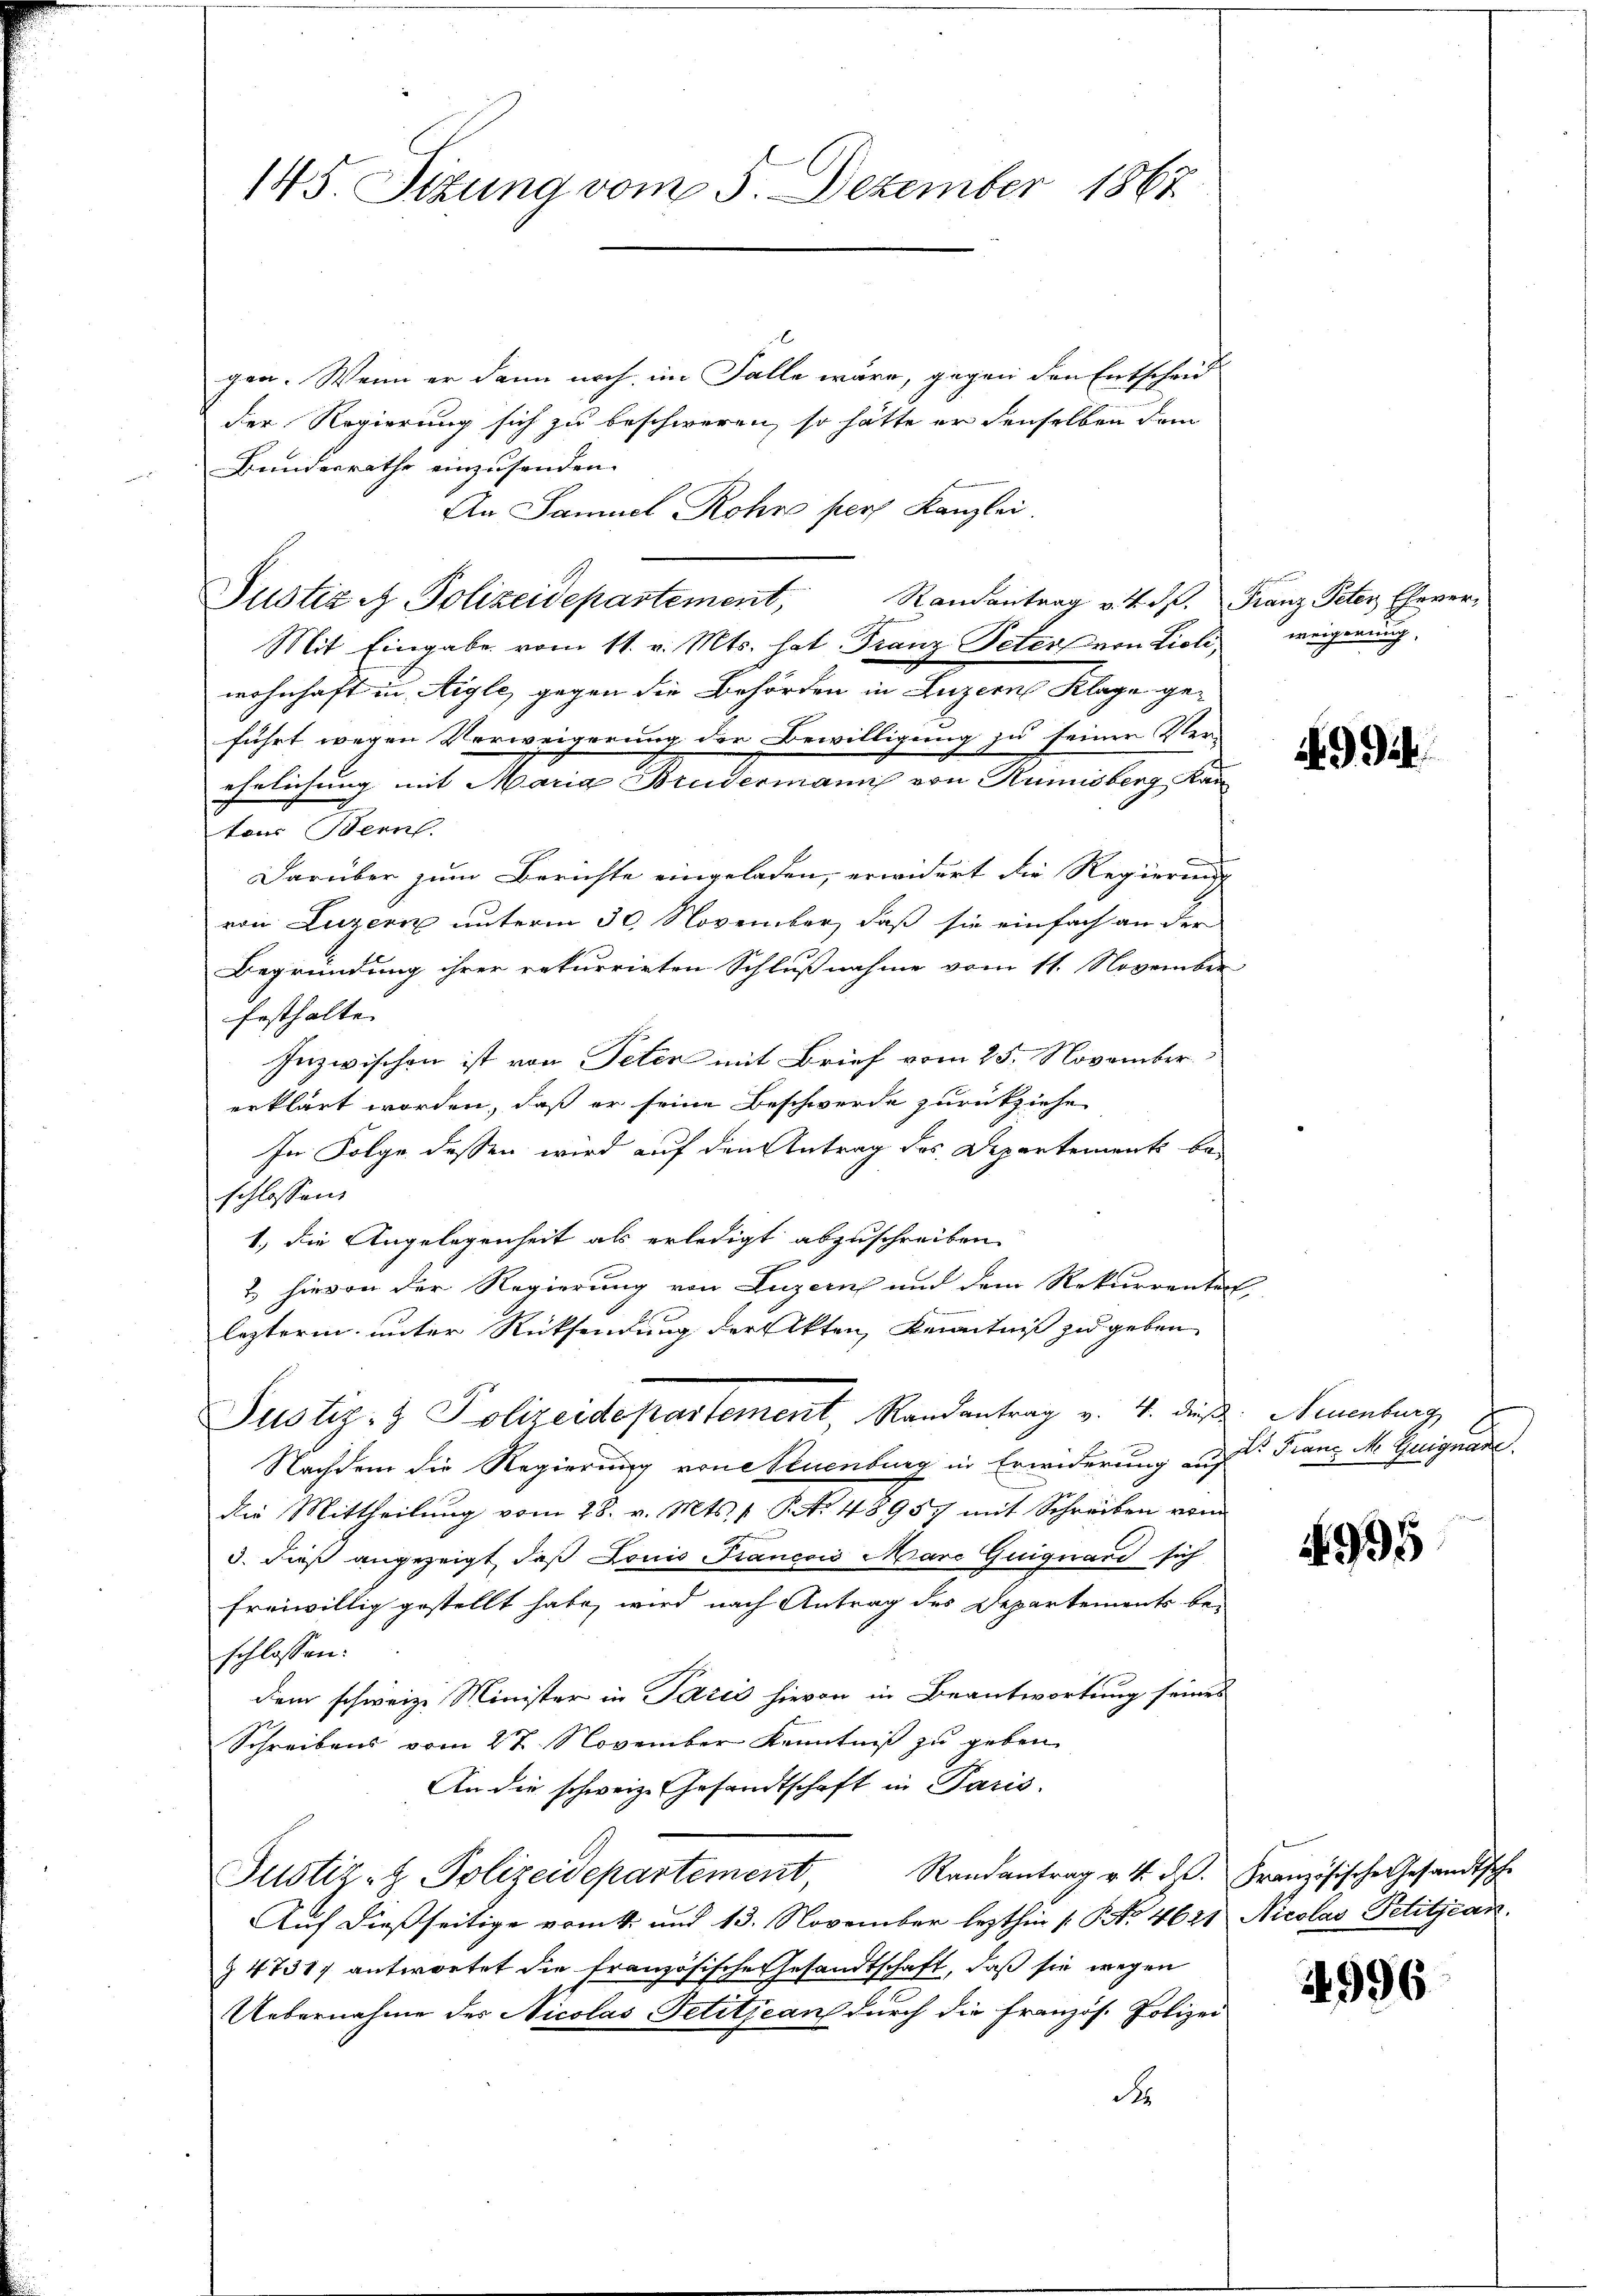
145 Sitzung vom 3. Dezember 1867

gen. Wenn er dann noch im Falle wäre, gegen den Entscheid
der Regierung sich zu beschweren, so hätte er denselben dem
Bundesrathe einzusenden.
An Samuel Rohre pers Kanzlei.
Mit Eingabe vom 11. v. Mts. hat Franz Peters von Lieli,
wohnhaft in Aigle, gegen die Behörden in Luzern Klage geführt wegen Verweigerung der Bewilligung zu seiner Ver-
ehelichung mit Maria Brudermann von Rumisberg, Kantons Bern.
Darüber zum Berichte eingeladen, erwidert die Regierung
von Luzern unterm 30. November, daß sie einfach an der
Begründung ihrer rekurrirten Schlußnahme vom 11. November
festhalte
Inzwischen ist von Peter mit Brief vom 25. November
erklärt worden, daß er seine Beschwerde zurückziehe
In Folge dessen wird auf den Antrag des Departement be-
schlossen
1.) die Angelegenheit als erledigt abzuschreiben.
2 hievon der Regierung von Luzern und dem Rekurrentes
lezterm unter Rücksendung der Akten, Kenntniß zu geben
Justiz- & Polizeidepartement, Randantrag v. 4. des Neuenburg
Nachdem die Regierung vone Neuenburg in Erwiderung auf: Franz M Guignade
die Mittheilŭng vom 28. v. Mts. 1. P. N. 48957 mit Schreiben vom
3. Dieß angezeigt, daß Louis Francois Mare Guiguard sich
freiwillig gestellt habe, wird nach Antrag des Departements be-
schlossen:
dem schweiz. Minister in Paris hievon in Beantwortung seines
Schreibens vom 27. November Kenntniß zu geben
An die schweiz. Gesandtschaft in Paris.
Randantrag v. 4. d. Französische Gesandtsche
Justiz- & Polizeidepartement,
Auf dießseitige vom 4. und 13. November lezthin /: P. Nr. 4621 Nicolas Petitjean
§ 47317 antwortet die französische Gesandtschaft, daß sie wegen
Uebernahme des Nicolas Petitjean durch die französ. Polizei
R

Justiz & Polizeidepartement,

Randantrag v. 4. Rp. Franz Peter Ehever-

weigerung,

9. Jah

1995

4996